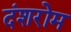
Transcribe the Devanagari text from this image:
दंशरोम